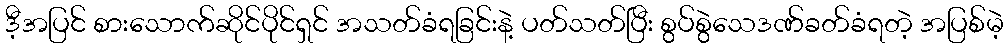
ဒီ့အပြင် စားသောက်ဆိုင်ပိုင်ရှင် အသတ်ခံရခြင်းနဲ့ ပတ်သတ်ပြီး စွပ်စွဲသေဒဏ်ခတ်ခံရတဲ့ အပြစ်မဲ့